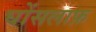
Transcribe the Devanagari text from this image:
घोंसलाफ़